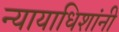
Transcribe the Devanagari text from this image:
न्यायाधिशांनी